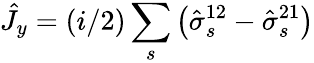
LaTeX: \hat{J}_{y}=(i/2)\sum_{s}\left(\hat{\sigma}_{s}^{12}-\hat{\sigma}_{s}^{21}\right)